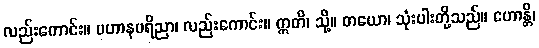
လည်းကောင်း။ ပဟာနပရိညာ၊ လည်းကောင်း။ ဣတိ၊ သို့။ တယော၊ သုံးပါးတို့သည်။ ဟောန္တိ၊